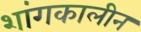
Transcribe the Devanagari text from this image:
शांगकालीन